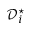
\mathcal { D } _ { i } ^ { \star }